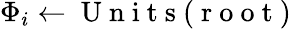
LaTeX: {\Phi_{i}}\gets\mathrm{~U~n~i~t~s~(~r~o~o~t~)~}